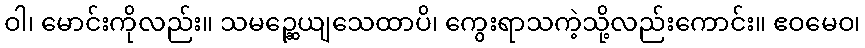
ဝါ၊ မောင်းကိုလည်း။ သမဉ္ဆေယျသေထာပိ၊ ကွေးရာသကဲ့သို့လည်းကောင်း။ ဧဝမေဝ၊